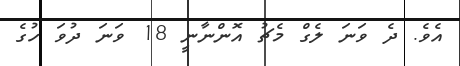
އެވެ. ދެ ވަނަ ލެގް މެޗު އޮންނާނީ 18 ވަނަ ދުވަ ހުގެ